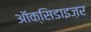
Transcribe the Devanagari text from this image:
ऑक्सिडाइज़र